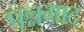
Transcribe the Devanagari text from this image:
पन्नगाद